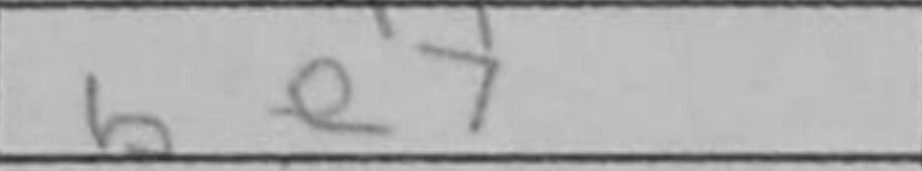
Transcription: be7